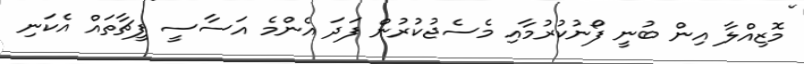
މޮޒިއްލާ އިން ބުނީ ފޯނުކުރުމާއި މެސެޖުކުރުން ފަދަ އެންމެ އަސާސީ ފީޗާތައް އެކަނި